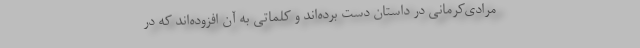
مرادی‌کرمانی در داستان دست برده‌اند و کلماتی به آن افزوده‌اند که در